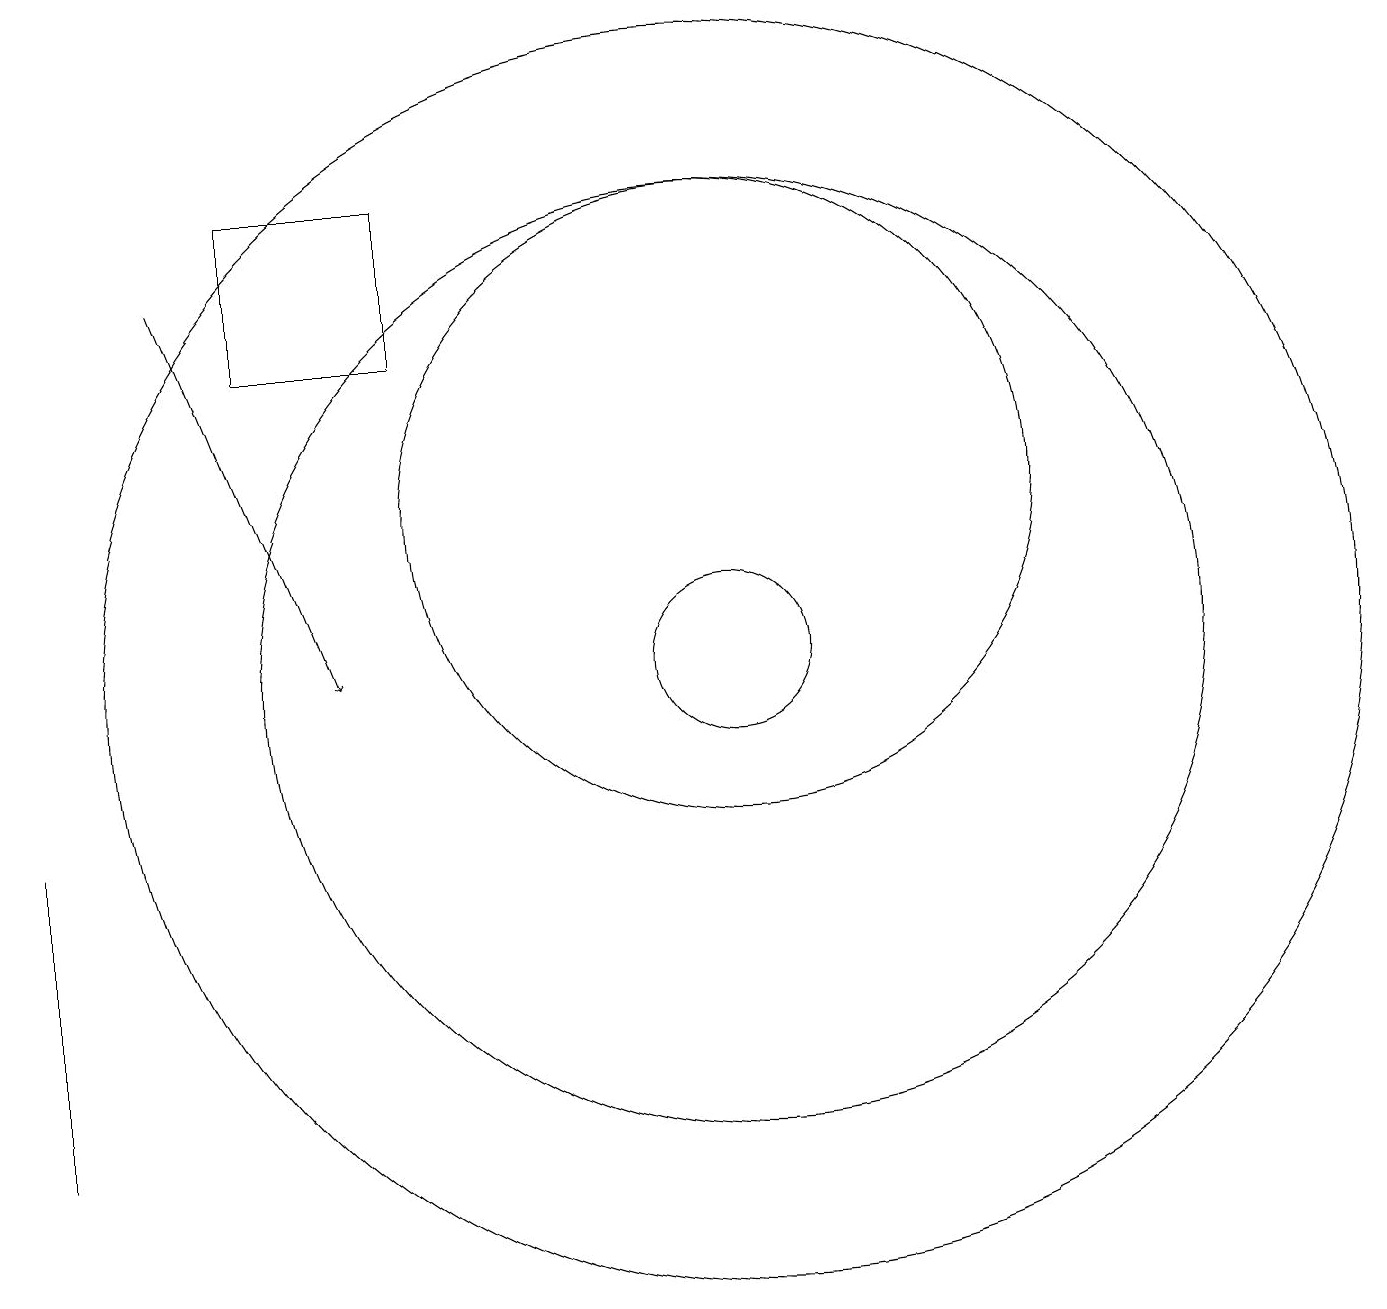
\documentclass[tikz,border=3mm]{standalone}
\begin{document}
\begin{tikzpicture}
\draw (10,10) circle (1);
\draw (6,16) rectangle (4,14);
\draw (10,12) circle (4);
\draw (10,10) circle (6);
\draw[->] (3,15) -- (5,10);
\draw (1,4) -- (1,4) -- (1,8) -- cycle;
\draw (10,10) circle (8);
\draw (10,11) circle (0);
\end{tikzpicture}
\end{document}